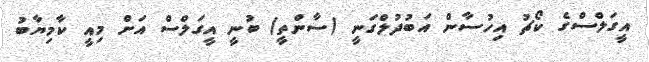
އީގަލްސްގެ ކޯޗު އިހުސާން އަބުދުލްގަނީ (ސާންތީ) ބުނީ އީގަލްސް އަށް މިއީ ކާމިޔާބު